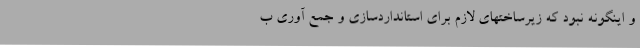
و اینگونه نبود که زیرساختهای لازم برای استانداردسازی و جمع آوری ب